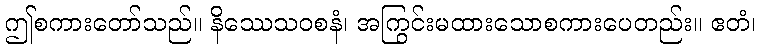
ဤစကားတော်သည်။ နိဿေသဝစနံ၊ အကြွင်းမထားသောစကားပေတည်း။ ဧတံ၊